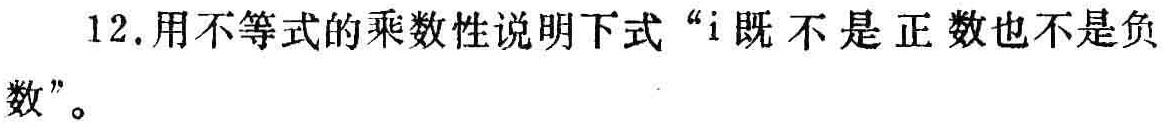
12. 用不等式的乘数性说明下式“\(i\)既不是正数也不是负数”。